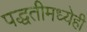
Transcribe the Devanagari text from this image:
पद्धतीमध्येही